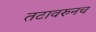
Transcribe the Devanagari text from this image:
तटावरुनच